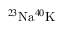
^ { 2 3 } \mathrm { N a } ^ { 4 0 } \mathrm { K }